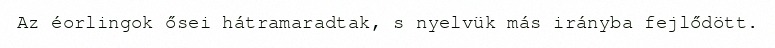
Az éorlingok ősei hátramaradtak, s nyelvük más irányba fejlődött.